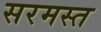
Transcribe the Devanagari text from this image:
सरमस्त